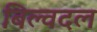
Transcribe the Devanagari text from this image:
बिल्वदल